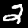
Label: 2